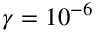
\gamma = 1 0 ^ { - 6 }